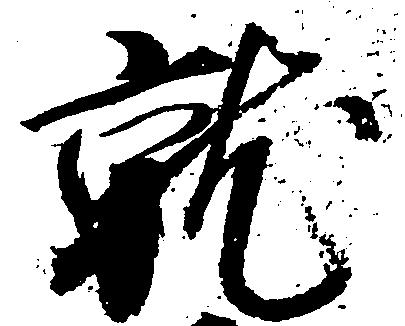
就